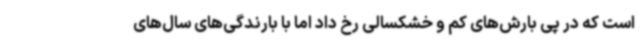
است که در پی بارش‌های کم و خشکسالی رخ داد اما با بارندگی‌های سال‌های